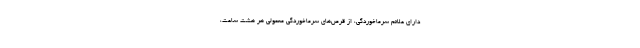
دارای علائم سرماخوردگی، از قرص‌های سرماخوردگی معمولی هر هشت ساعت،